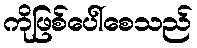
ကိုဖြစ်ပေါ်စေသည်